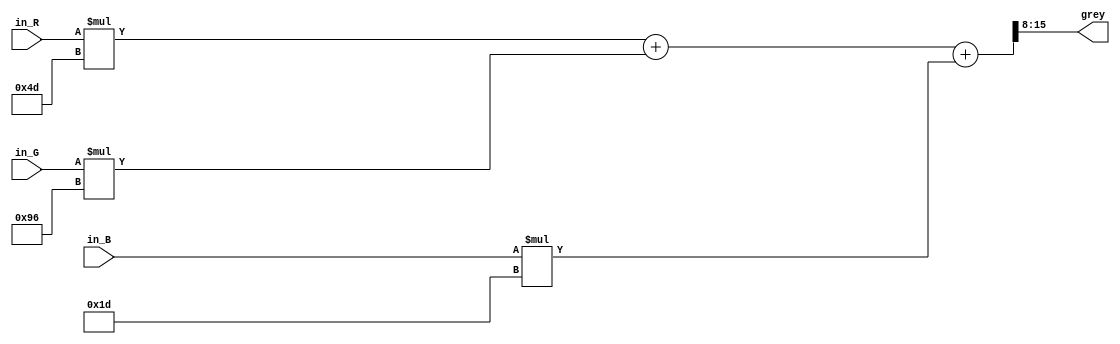
module greyscale(
		input [7:0] in_R, 
		input [7:0] in_G, 
		input [7:0] in_B, 
		output [7:0] grey
);

	// 16 bit due to multiplication overflow
	wire [15:0] intermediate;
	
	// luminance formula (NTSC formula): greyscale = 0.299*R + 0.587*G + 0.114*B)
	// R: 77/256 = 0.3
	// G: 150/256 = 0.5859375
	// B: 29/256 = 0.11328125
	assign intermediate = (in_R*77) + (in_G*150) + (in_B*29);
	
	// 8 bit value by dividing by 256 = shaving off 8 bits. 
	// 2^8 = 256
	// >> 8 = /256
	assign grey = intermediate[15:8]; 


endmodule